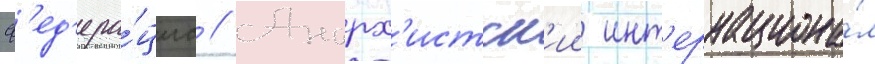
ф'ед'ера́циа // Анарх'истск'ии инт'ернациона́л